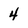
Character: 4